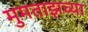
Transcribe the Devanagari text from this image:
मुमताझच्या